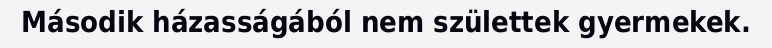
Második házasságából nem születtek gyermekek.